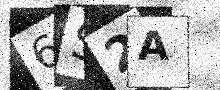
Text: 6S2A